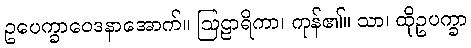
ဥပေက္ခာဝေဒနာအောက်။ ဩဠာရိကာ၊ ကုန်၏။ သာ၊ ထိုဥပက္ခာ